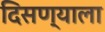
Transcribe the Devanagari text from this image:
दिसण्याला